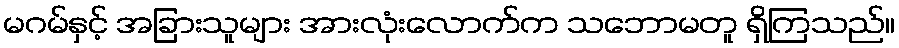
မဂမ်နှင့် အခြားသူများ အားလုံးလောက်က သဘောမတူ ရှိကြသည်။